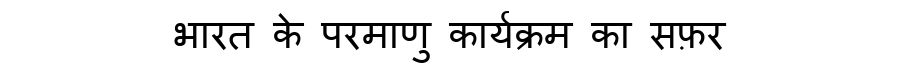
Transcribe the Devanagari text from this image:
भारत के परमाणु कार्यक्रम का सफ़र